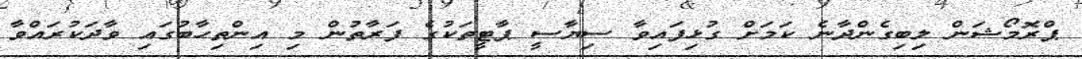
ޕްރޮމޯޝަން ލިބިގެންދާނެ ކަމަށް ގުޅިފައިވާ ސިޔާސީ ޕާޓީތަކުގެ ފަރާތުން މި އިންތިހާބުގައި ވާދަކުރައްވާ